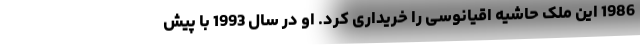
1986 این ملک حاشیه اقیانوسی را خریداری کرد. او در سال 1993 با پیش